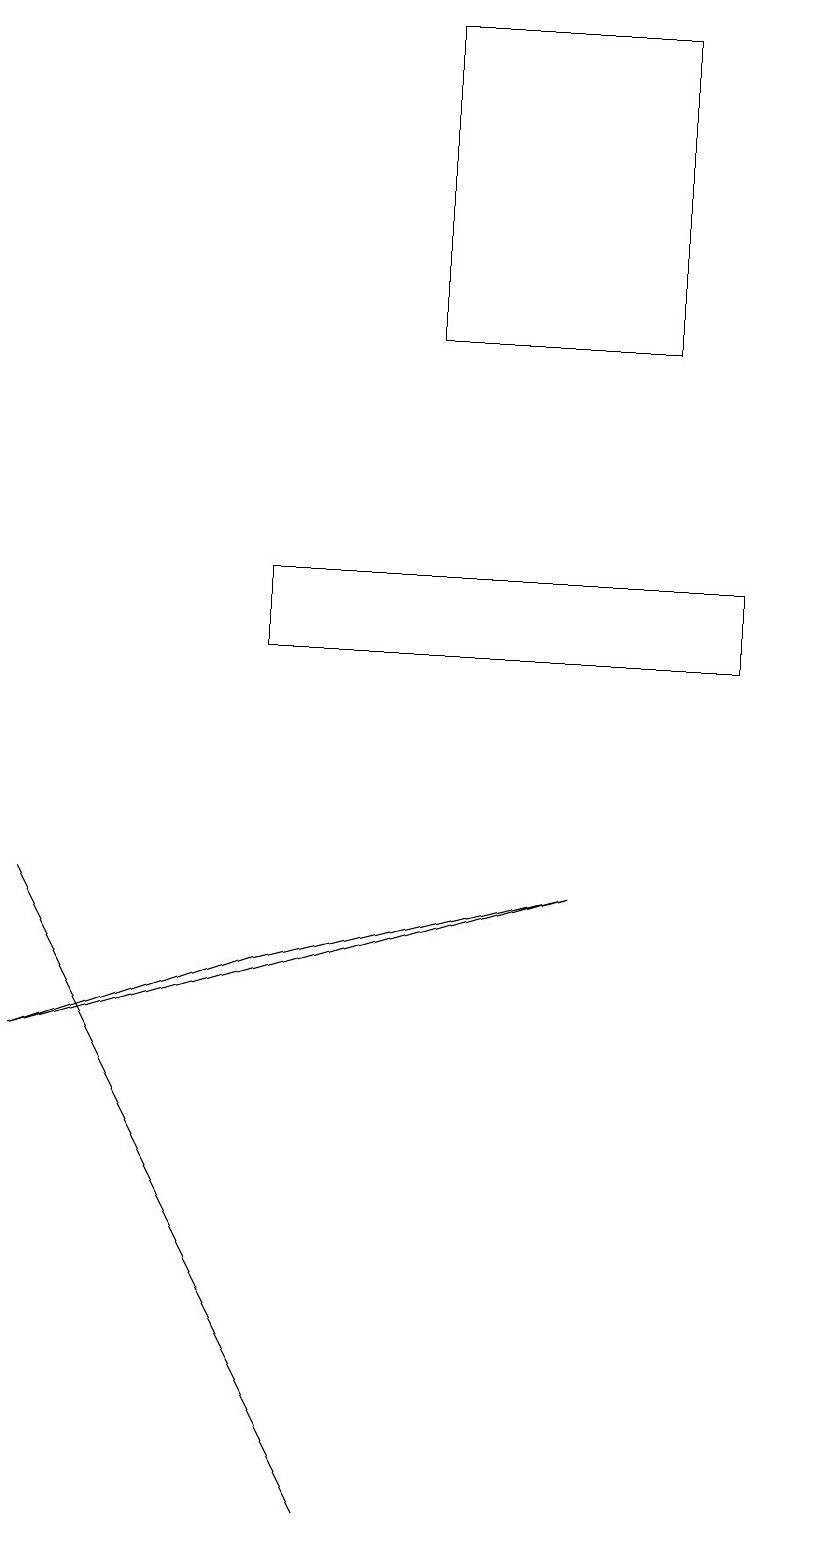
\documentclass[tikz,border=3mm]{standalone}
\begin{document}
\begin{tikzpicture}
\draw (5,19) rectangle (8,15);
\draw (0,6) -- (3,7) -- (7,8) -- cycle;
\draw (9,12) rectangle (3,11);
\draw (10,12) circle (0);
\draw (4,0) -- (2,4) -- (0,8) -- cycle;
\draw (10,10) circle (0);
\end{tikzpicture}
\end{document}